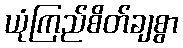
ယုံကြည်စိတ်ချစွာ